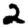
Digit: 2